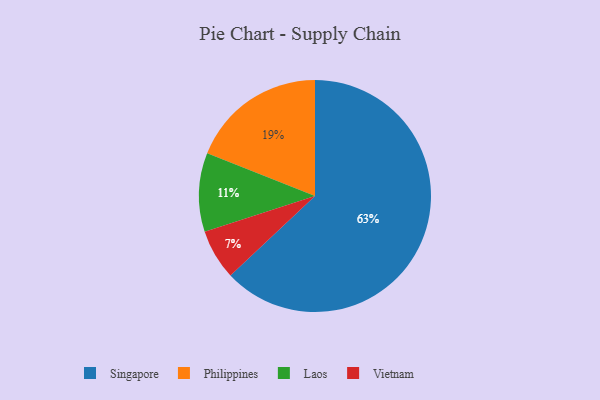
{"axis": {"x": "Category", "y": "Percentage"}, "legend": ["Laos", "Philippines", "Singapore", "Vietnam"], "data": [{"x": "Philippines", "y": 19, "type": "Philippines"}, {"x": "Laos", "y": 11, "type": "Laos"}, {"x": "Singapore", "y": 63, "type": "Singapore"}, {"x": "Vietnam", "y": 7, "type": "Vietnam"}]}